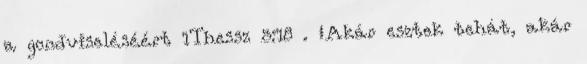
a gondviseléséért 1Thessz 5:18 . „Akár esztek tehát, akár